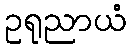
ဥရုညာယံ